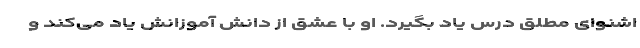
اشنوای مطلق درس یاد بگیرد. او با عشق از دانش آموزانش یاد می‌کند و